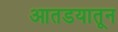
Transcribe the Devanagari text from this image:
आतडयातून